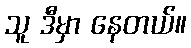
သူ ဒီမှာ နေတယ်။